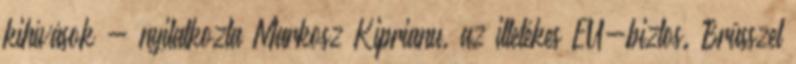
kihívások - nyilatkozta Markosz Kiprianu, az illetékes EU-biztos. Brüsszel